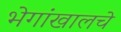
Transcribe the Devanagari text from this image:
भेगांखालचे